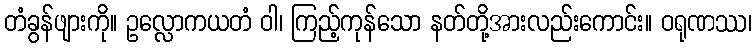
တံခွန်ဖျားကို။ ဥလ္လောကယတံ ဝါ၊ ကြည့်ကုန်သော နတ်တို့အားလည်းကောင်း။ ဝရုဏဿ၊